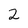
Character: 2